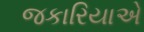
જકારિયાએ